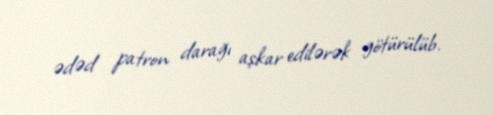
ədəd patron darağı aşkar edilərək götürülüb.